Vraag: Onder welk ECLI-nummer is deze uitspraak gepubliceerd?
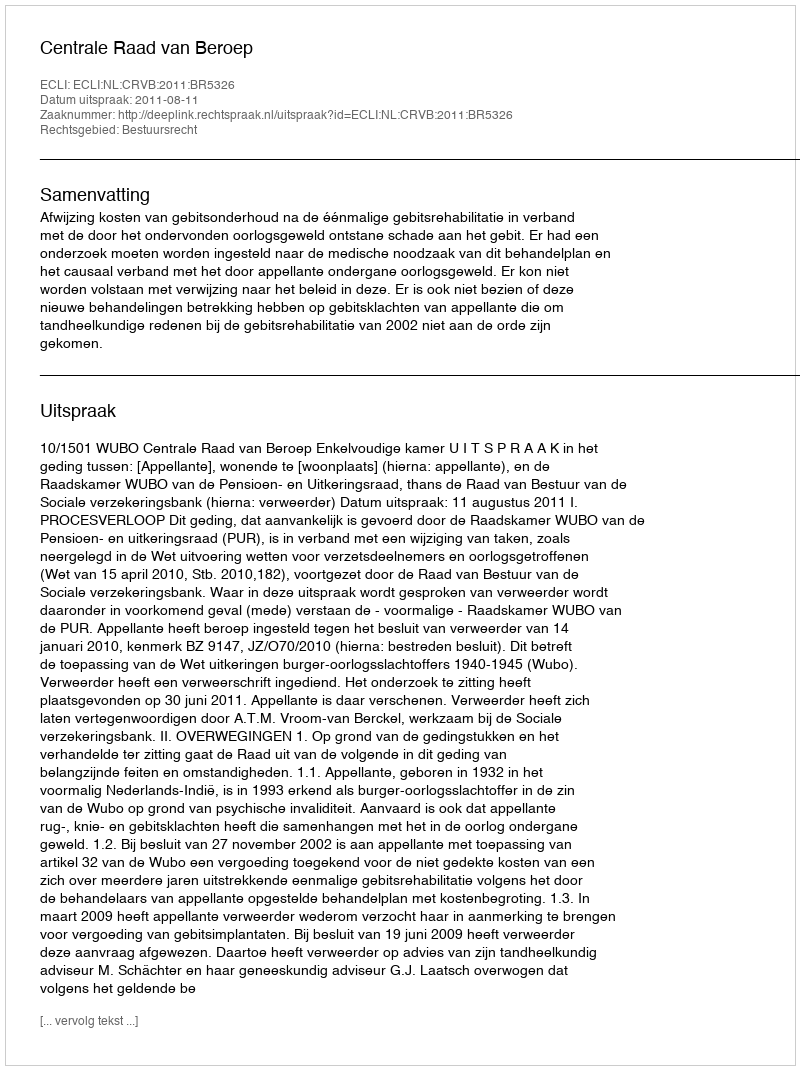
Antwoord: ECLI:NL:CRVB:2011:BR5326